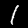
Digit: 1